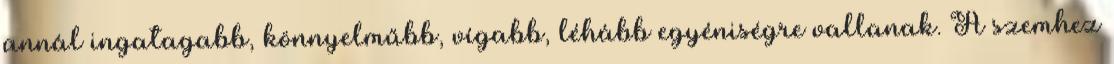
annál ingatagabb, könnyelműbb, vígabb, léhább egyéniségre vallanak. A szemhez